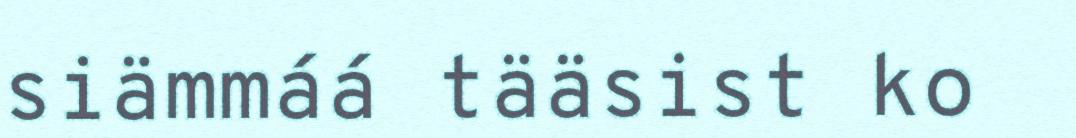
siämmáá tääsist ko